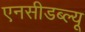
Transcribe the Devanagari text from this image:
एनसीडब्ल्यू